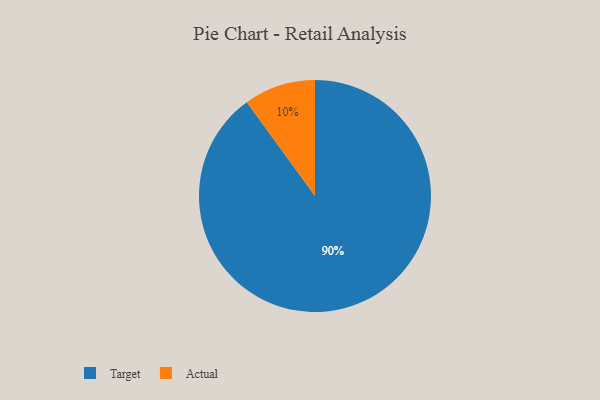
{"axis": {"x": "Category", "y": "Percentage"}, "legend": ["Actual", "Target"], "data": [{"x": "Target", "y": 90, "type": "Target"}, {"x": "Actual", "y": 10, "type": "Actual"}]}